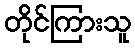
တိုင်ကြားသူ